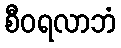
စီဝရလာဘံ